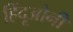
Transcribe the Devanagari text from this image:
हिंदूओनी